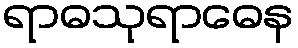
ရာဓသုရာဓေန